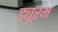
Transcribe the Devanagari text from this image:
ड्यूरम